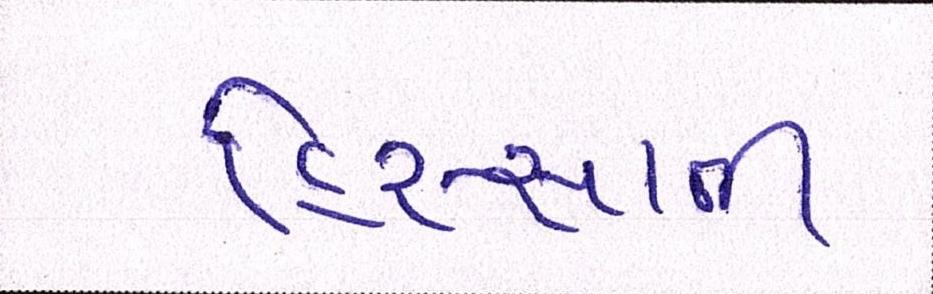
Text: હિસ્સાની